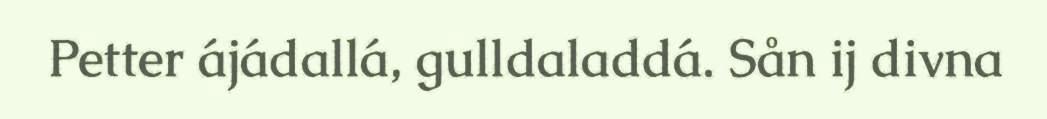
Petter ájádallá, gulldaladdá. Sån ij divna